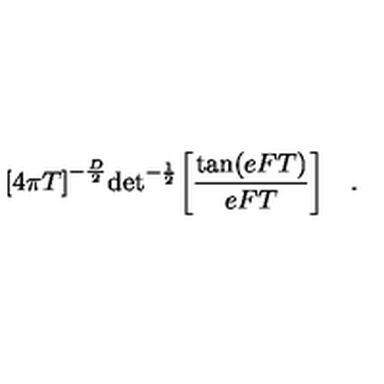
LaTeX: { \lbrack 4 \pi T \rbrack } ^ { - { \frac { D } { 2 } } } \mathrm { d e t } ^ { - { \frac { 1 } { 2 } } } \biggl [ { \frac { \mathrm { t a n } ( e F T ) } { e F T } } \biggr ] \quad . \,